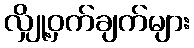
လျှို့ဝှက်ချက်များ